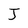
Character: J